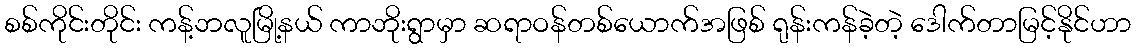
စစ်ကိုင်းတိုင်း ကန့်ဘလူမြို့နယ် ကာဘိုးရွာမှာ ဆရာဝန်တစ်ယောက်အဖြစ် ရုန်းကန်ခဲ့တဲ့ ဒေါက်တာမြင့်နိုင်ဟာ